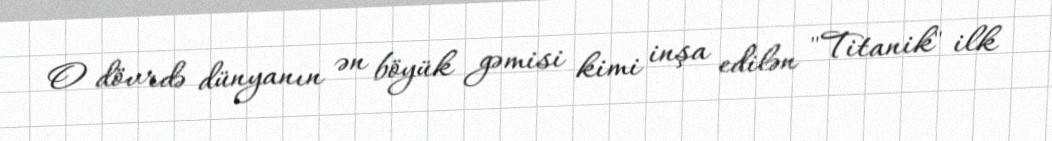
O dövrdə dünyanın ən böyük gəmisi kimi inşa edilən "Titanik" ilk